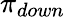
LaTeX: \pi_{down}